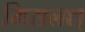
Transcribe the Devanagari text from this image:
मिसलश्